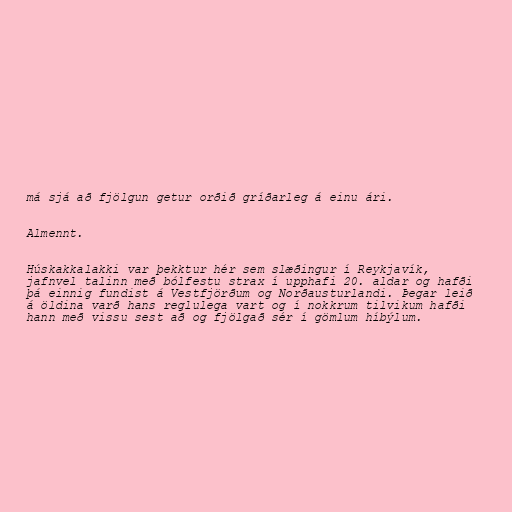
má sjá að fjölgun getur orðið gríðarleg á einu ári.

Almennt.

Húskakkalakki var þekktur hér sem slæðingur í Reykjavík,
jafnvel talinn með bólfestu strax í upphafi 20. aldar og hafði
þá einnig fundist á Vestfjörðum og Norðausturlandi. Þegar leið
á öldina varð hans reglulega vart og í nokkrum tilvikum hafði
hann með vissu sest að og fjölgað sér í gömlum híbýlum.